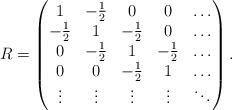
LaTeX: \begin{align*}R = \begin{pmatrix}1&-\tfrac12&0&0&\ldots\\-\tfrac12 &1&-\tfrac12&0&\ldots\\0&-\tfrac12 &1&-\tfrac12&\ldots\\0&0&-\tfrac12 &1&\ldots\\\vdots&\vdots&\vdots&\vdots& \ddots\end{pmatrix}.\end{align*}